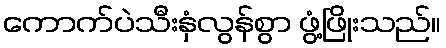
ကောက်ပဲသီးနှံလွန်စွာ ဖွံ့ဖြိုးသည်။